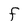
Character: F